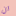
ان